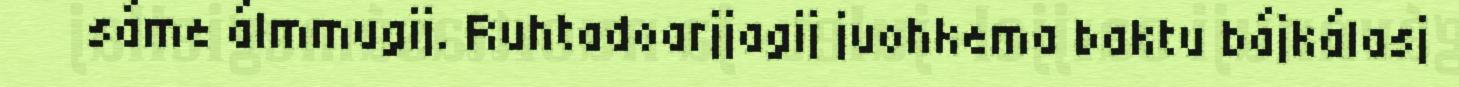
sáme álmmugij. Ruhtadoarjjagij juohkema baktu bájkálasj